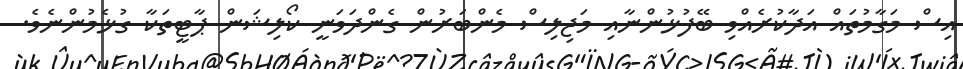
އިސް މަގާމުތައް އަދާކުރެއްވި ބޭފުޅުންނާއި މަޖިލިސް މެންބަރުން ގެންދަވަނީ ކޯލިޝަން ޕާޓީތަކާ ގުޅެމުންނެވެ.